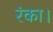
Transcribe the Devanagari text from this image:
रंका।